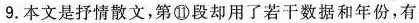
9.本文是抒情散文，第⑪段却用了若干数据和年份，有